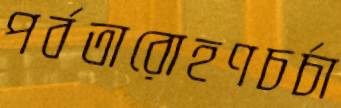
পর্বতারোহণচর্চা